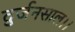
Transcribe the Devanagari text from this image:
दुर्जनसाल।।